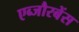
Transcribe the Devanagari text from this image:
एब्जौरबेंस